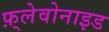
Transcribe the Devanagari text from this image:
फ़्लेवोनाइड